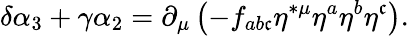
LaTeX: \delta\alpha_{3}+\gamma\alpha_{2}=\partial_{\mu}\left(-f_{ab\mathfrak{c}}\eta^{*\mu}\eta^{a}\eta^{b}\eta^{\mathfrak{c}}\right).